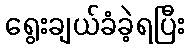
ရွေးချယ်ခံခဲ့ရပြီး